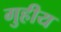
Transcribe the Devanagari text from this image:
गुहीय